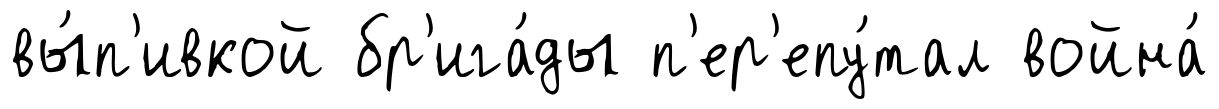
вы́п'ивкой бр'ига́ды п'ер'епу́тал война́